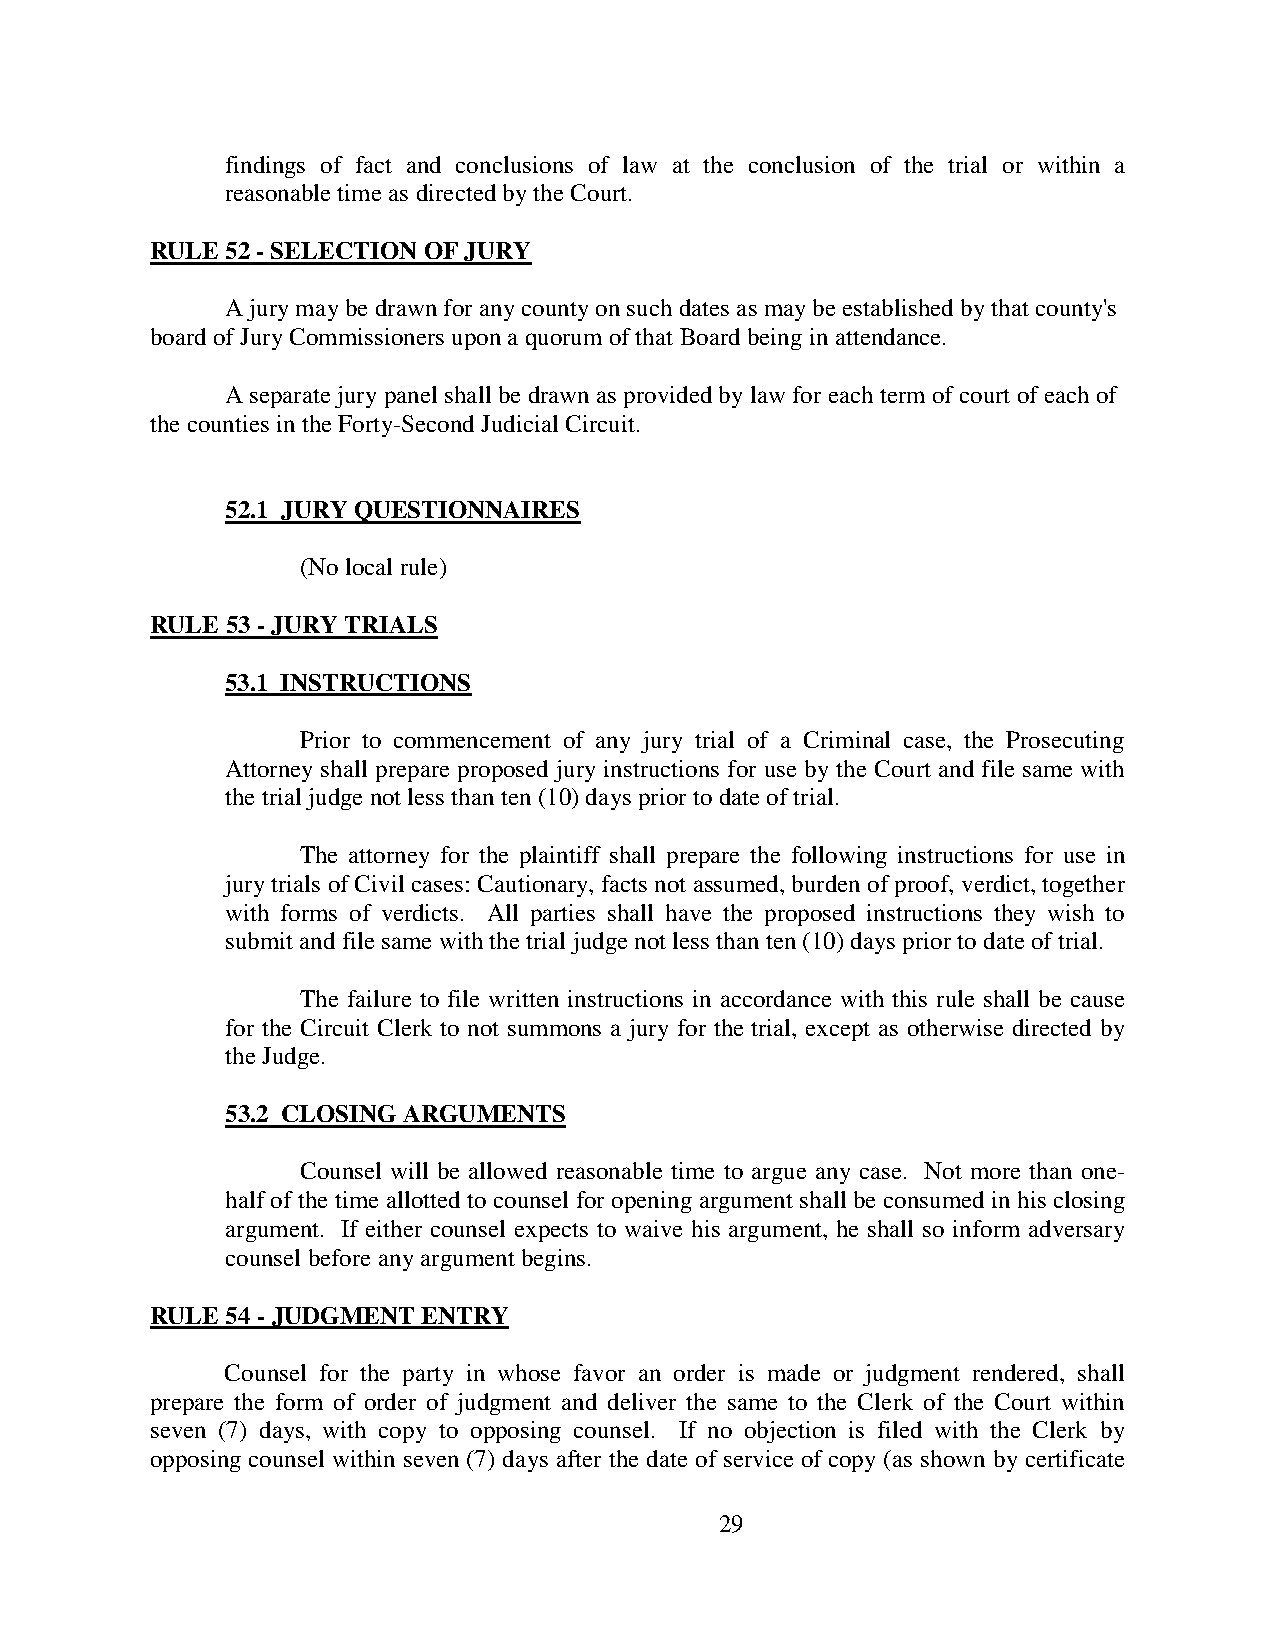
findings of fact and conclusions of law at the conclusion of the trial or within a
 reasonable time as directed by the Court.
 RULE 52 - SELECTION OF JURY
 A jury may be drawn for any county on such dates as may be established by that county's
 board of Jury Commissioners upon a quorum of that Board being in attendance.
 A separate jury panel shall be drawn as provided by law for each term of court of each of
 the counties in the Forty-Second Judicial Circuit.
 52.1 JURY QUESTIONNAIRES
 (No local rule)
 RULE 53 - JURY TRIALS
 53.1 INSTRUCTIONS
 Prior to commencement of any jury trial of a Criminal case, the Prosecuting
 Attorney shall prepare proposed jury instructions for use by the Court and file same with
 the trial judge not less than ten (10) days prior to date of trial.
 The attorney for the plaintiff shall prepare the following instructions for use in
 jury trials of Civil cases: Cautionary, facts not assumed, burden of proof, verdict, together
 with forms of verdicts. All parties shall have the proposed instructions they wish to
 submit and file same with the trial judge not less than ten (10) days prior to date of trial.
 The failure to file written instructions in accordance with this rule shall be cause
 for the Circuit Clerk to not summons a jury for the trial, except as otherwise directed by
 the Judge.
 53.2 CLOSING ARGUMENTS
 Counsel will be allowed reasonable time to argue any case. Not more than one-
 half of the time allotted to counsel for opening argument shall be consumed in his closing
 argument. If either counsel expects to waive his argument, he shall so inform adversary
 counsel before any argument begins.
 RULE 54 - JUDGMENT ENTRY
 Counsel for the party in whose favor an order is made or judgment rendered, shall
 prepare the form of order of judgment and deliver the same to the Clerk of the Court within
 seven (7) days, with copy to opposing counsel. If no objection is filed with the Clerk by
 opposing counsel within seven (7) days after the date of service of copy (as shown by certificate
 29